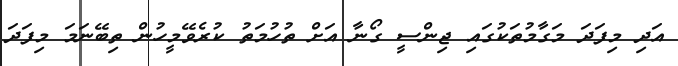
އަދި މިފަދަ މަގާމުތަކުގައި ޖިންސީ ގޯނާ އަށް ތުހުމަތު ކުރެވޭމީހުން ތިބޭނަމަ މިފަދަ